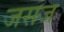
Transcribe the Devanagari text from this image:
जसज